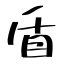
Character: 盾